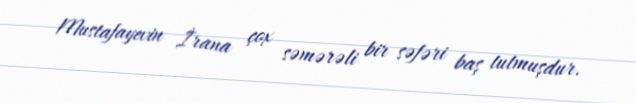
Mustafayevin İrana çox səmərəli bir səfəri baş tutmuşdur.